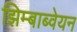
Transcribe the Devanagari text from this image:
झिम्बाब्वेयन